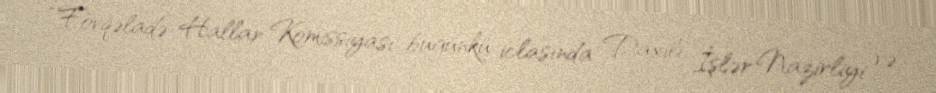
“Fövqəladə Hallar Komissiyası bugünkü iclasında Daxili İşlər Nazirliyi və